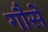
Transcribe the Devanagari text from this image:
गौसें